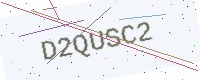
Text: D2QUSC2